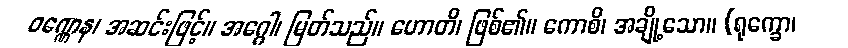
ဝဏ္ဏေန၊ အဆင်းဖြင့်။ အဂ္ဂေါ၊ မြတ်သည်။ ဟောတိ၊ ဖြစ်၏။ ကောစိ၊ အချို့သော။ (ရုက္ခော၊